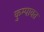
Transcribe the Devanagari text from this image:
कुम्पावत